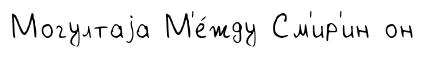
Могултаjа М'е́жду См'ир'ин он